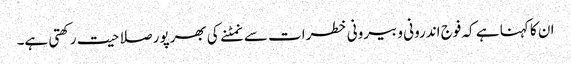
ان کا کہنا ہے کہ فوج اندرونی و بیرونی خطرات سے نمٹنے کی بھرپور صلاحیت رکھتی ہے۔